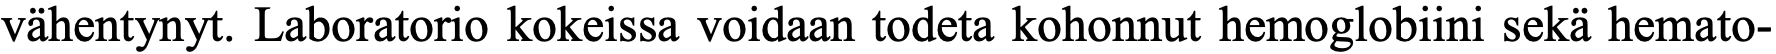
vähentynyt. Laboratorio kokeissa voidaan todeta kohonnut hemoglobiini sekä hemato-